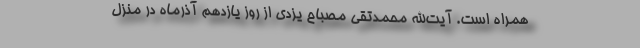
همراه است. آیت‌الله محمدتقی مصباح یزدی از روز یازدهم آذرماه در منزل